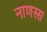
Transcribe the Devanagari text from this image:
नाणस्स